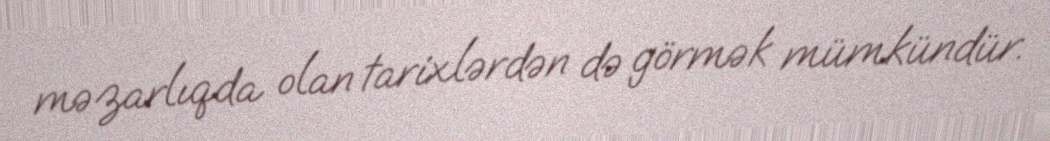
məzarlıqda olan tarixlərdən də görmək mümkündür.